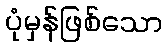
ပုံမှန်ဖြစ်သော